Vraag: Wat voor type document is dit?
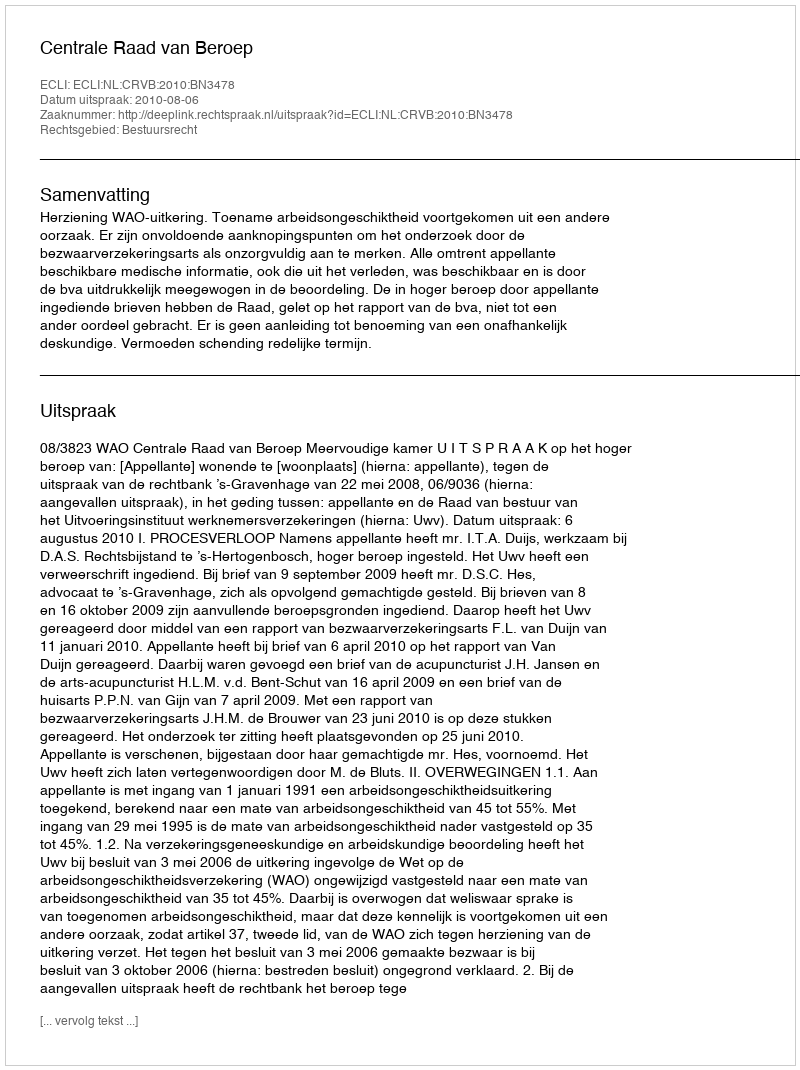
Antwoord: Uitspraak